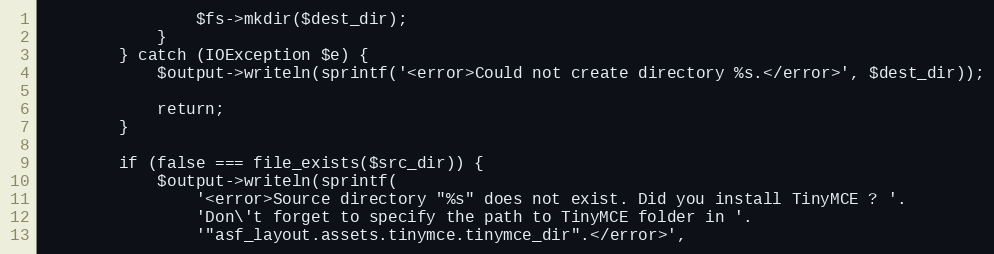
Language: PHP
                $fs->mkdir($dest_dir);
            }
        } catch (IOException $e) {
            $output->writeln(sprintf('<error>Could not create directory %s.</error>', $dest_dir));

            return;
        }

        if (false === file_exists($src_dir)) {
            $output->writeln(sprintf(
                '<error>Source directory "%s" does not exist. Did you install TinyMCE ? '.
                'Don\'t forget to specify the path to TinyMCE folder in '.
                '"asf_layout.assets.tinymce.tinymce_dir".</error>',